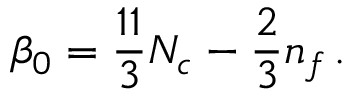
\beta _ { 0 } = \frac { 1 1 } { 3 } N _ { c } - \frac { 2 } { 3 } n _ { f } \, .